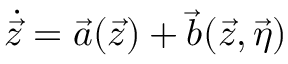
\dot { \vec { z } } = \vec { a } ( \vec { z } ) + \vec { b } ( \vec { z } , \vec { \eta } )